Indian Medical Review
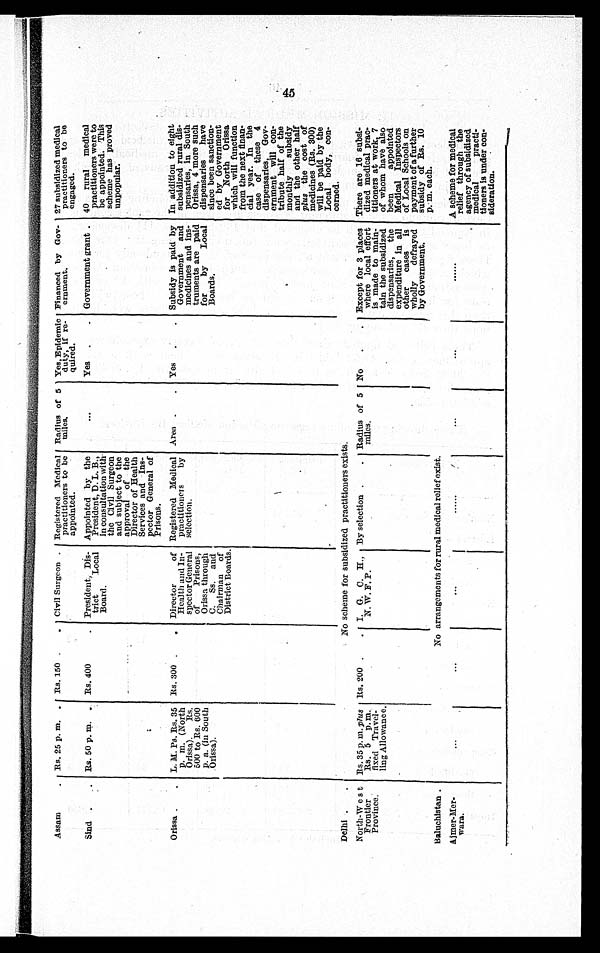
Assam
Rs. 25 p. m.
Rs. 150
Civil Surgeon
Registered Medical
practitioners to be
appointed.
Radius of 5
miles.
Yes, Epidemic
duty, if re
¬quired.
Financed by Gov
¬ernment.
27 subsidized medical
practitioners to be
engaged.
Sind
Rs. 50 p. m.
Rs. 400
President, Dis
¬trict Local
Board.
Appointed by the
President, D. L. B.,
in consultation with
the Civil Surgeon
and subject to the
approval of the
Director of Health
Services and Ins
¬pector General of
Prisons.
Yes
Government grant. 40 rural medical
practitioners were to
be appointed. This
scheme has proved
unpopular.
Orissa
L. M. Ps. Rs. 35
p. (North
Orissa). Rs.
500 to Rs. 600
p. a. (in South
Orissa).
Rs. 300
Director of
Health and In
¬spector General
of Prisons,
Orissa through
C. Ss. and
Chairman of
District Boards.
Registered Medical
practitioners by
selection.
Area
Yes
Subsidy is paid by
Government and
medicines and ins
¬truments are paid
for by Local
Boards.
In addition to eight
subsidized rural dis-
pensaries, in South
Orissa, 4 more such
dispensaries have
since been sanction
¬ed by Government
for North Orissa
which will function
from the next finan
¬cial year. In the
case of these 4
dispensaries, Gov
¬ernment will con-
tribute half of the
monthly subsidy
and the other half
plus the cost of
medicines (Rs. 300)
will be paid by the
Local body, con
¬cerned.
Delhi
North-West
Frontier
Province
Rs. 35p. m. plus
Rs. 5 p. m.
fixed Travel¬
ling Allowance.
Rs. 200
I. G. C. H.,
N. W. F. P.
By selection
Radius of 5
miles.
No
Except for 3 places
where local effort
is made to main
¬tain the subsidized
dispensaries, the
expenditure in all
other cases is
wholly defrayed
by Government.
There are 16 subs
i¬dized medical prac-
titioners at work, 7
of whom have also
been appointed
Medical Inspectors
of Local Schools on
payment of a further
subsidy of Rs. 10
p. m. each.
Baluchistan.
Ajmer-Mer¬
wara
A scheme for medical
relief through the
agency of subsidized
medical practi
¬tioners is under con
¬ i d e r a t i o n .
45